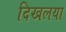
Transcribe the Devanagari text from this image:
दिखलया